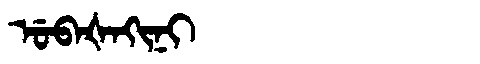
Manchu: ᡠᠪᠠᡧᠠᡴᡳᠨᡳ
Romanization: UBAŠAKINI